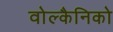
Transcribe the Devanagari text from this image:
वोल्कैनिको